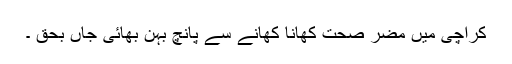
کراچی میں مضر صحت کھانا کھانے سے پانچ بہن بھائی جاں بحق ۔